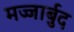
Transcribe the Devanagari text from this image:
मज्जार्बुद